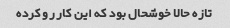
تازه حالا خوشحال بود که این کار رو کرده